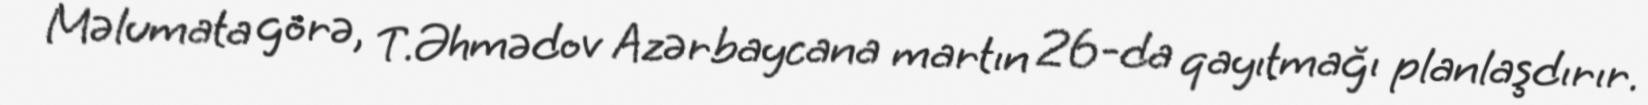
Məlumata görə, T.Əhmədov Azərbaycana martın 26-da qayıtmağı planlaşdırır.